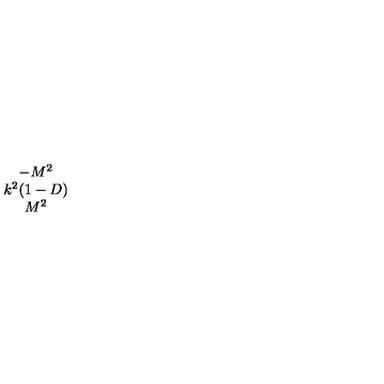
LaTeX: \begin{array} { c } { - M ^ { 2 } } \\ { k ^ { 2 } ( 1 - D ) } \\ { M ^ { 2 } } \\ \end{array}